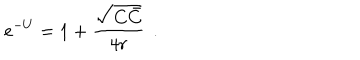
e ^ { - U } = 1 + { \frac { \sqrt { C \bar { C } } } { 4 r } } \, \ .